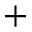
+